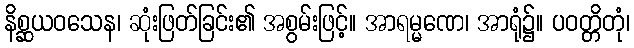
နိစ္ဆယဝသေန၊ ဆုံးဖြတ်ခြင်း၏ အစွမ်းဖြင့်။ အာရမ္မဏေ၊ အာရုံ၌။ ပဝတ္တိတုံ၊